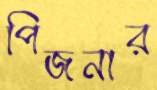
পিজনার